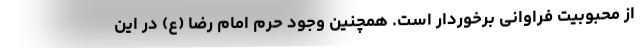
از محبوبیت فراوانی برخوردار است. همچنین وجود حرم امام رضا (ع) در این